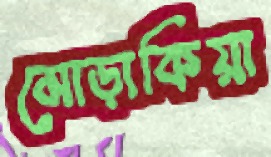
মোড়াকিয়া